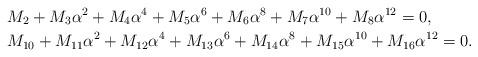
LaTeX: \begin{align*}&M_2+M_3\alpha^2 +M_4\alpha^4 +M_5 \alpha^6 +M_6\alpha^{8}+M_7\alpha^{10}+M_8\alpha^{12}=0,\\&M_{10}+M_{11}\alpha^2 +M_{12}\alpha^4 +M_{13}\alpha^6 +M_{14}\alpha^{8} +M_{15}\alpha^{10}+M_{16}\alpha^{12}=0.\end{align*}